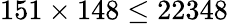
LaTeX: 151\times 148\leq 22348